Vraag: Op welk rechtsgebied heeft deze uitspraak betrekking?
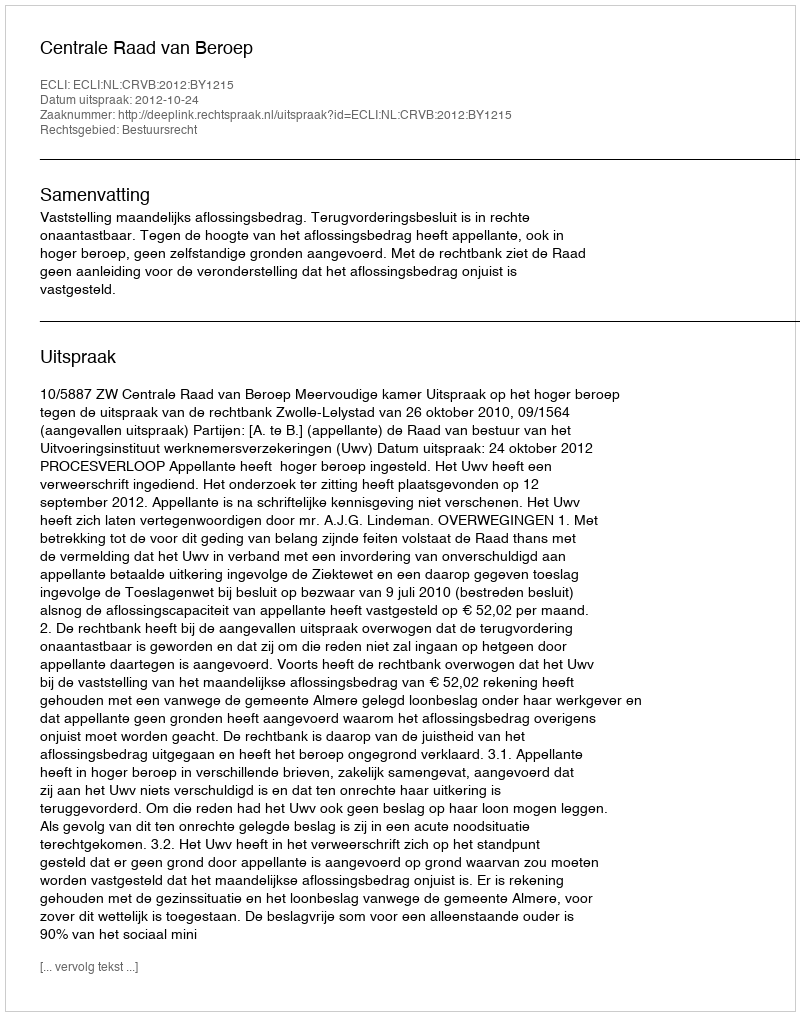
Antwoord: Bestuursrecht